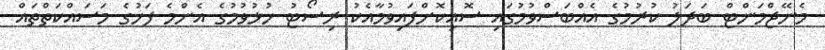
މެނޭޖްމަންޓް ބަދަލު ކުރުމުގެ އެއްބަސްވުމުގައި ސޮއިކޮށްފައިވުމާއެކު ރިސޯޓު ހުޅުވުމުގެ އެންމެ ފަހުގެ މަސައްކަތްތައް